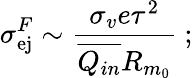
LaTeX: \sigma_{\mathrm{ej}}^{F}\sim\frac{\sigma_{v}e\tau^{2}}{\overline{{Q_{in}}}R_{m_{0}}}~;